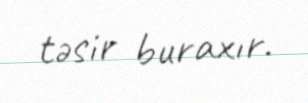
təsir buraxır.